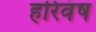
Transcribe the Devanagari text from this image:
हरिवंष